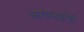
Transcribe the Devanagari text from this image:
कांचनक्षेत्री